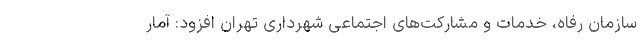
سازمان رفاه، خدمات و مشارکت‌های اجتماعی شهرداری تهران افزود: آمار